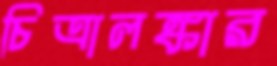
চিত্রালঙ্কার